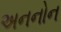
અનનોન